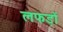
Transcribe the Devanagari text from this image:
लफड़ों